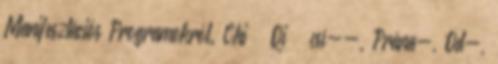
Manifesztációs Programokról. Chi Qicsí--, Prána-, Od-,